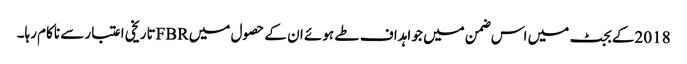
2018کے بجٹ میں اس ضمن میں جو اہداف طے ہوئے ان کے حصول میں FBRتاریخی اعتبار سے ناکام رہا۔